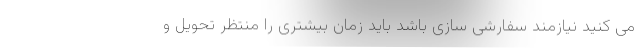
می کنید نیازمند سفارشی سازی باشد باید زمان بیشتری را منتظر تحویل و